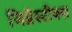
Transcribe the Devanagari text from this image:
जिम्नॅस्टीक्स